Calcutta medical institutions reports 1871-78
Year: 1871
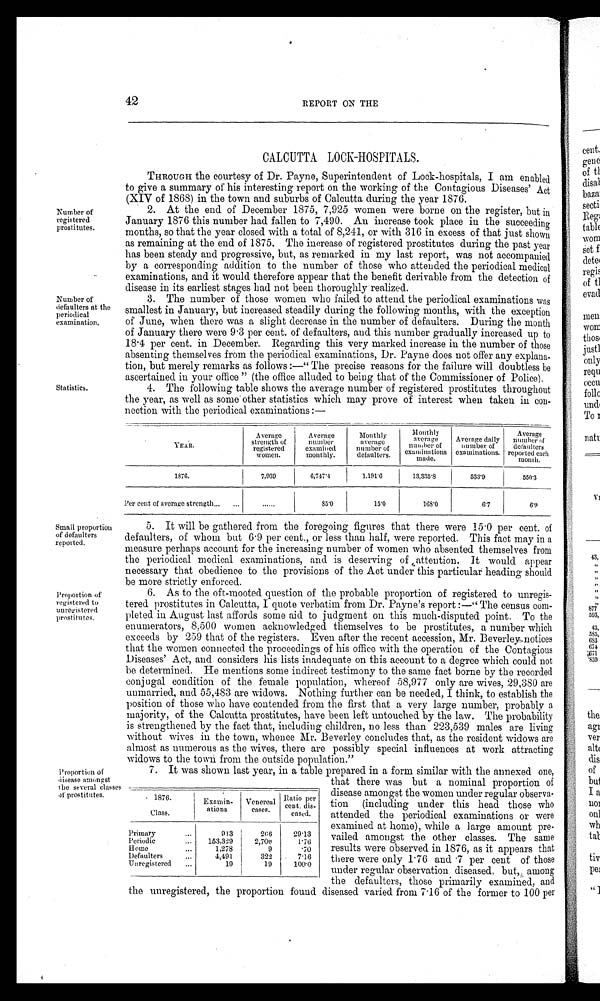
42
REPORT ON THE
Number of
registered
prostitutes.
Number of
defaulters at the
periodical
examination.
Statistics.
Small proportion
of defaulters
reported.
CALCUTTA LOCK-HOSPITALS.
THROUGH the courtesy of Dr. Payne, Superintendent of Lock-hospitals, I am enabled
to give a summary of his interesting report on the working of the Contagious Diseases' Act
(XIV of 1868) in the town and suburbs of Calcutta during the year 1876.
2. At the end of December 1875, 7,925 women were borne on the register, but in
January 1876 this number had fallen to 7,490. An increase took place in the succeeding
months, so that the year closed with a total of 8,241, or with 316 in excess of that just shown
as remaining at the end of 1875. The increase of registered prostitutes during the past year
has been steady and progressive, but, as remarked in my last report, was not accompanied
by a corresponding addition to the number of those who attended the periodical medical
examinations, and it would therefore appear that the benefit derivable from the detection of
d i s e a s e i n i t s e a r l i e s t s t a g e s h a d n o t b e e n t h o r o u g h l y r e a l i z e d .
3. The number of those women who failed to attend the periodical examinations was
smallest in January, but increased steadily during the following months, with the exception
of June, when there was a slight decrease in the number of defaulters. During the month
of January there were 9·3 per cent. of defaulters, and this number gradually increased up to
18·4 per cent. in December. Regarding this very marked increase in the number of those
absenting themselves from the periodical examinations, Dr. Payne does not offer any explana
- t i o n , b u t m e r e l y r e m a r k s a s f o l l o w s : — " T h e p r e c i s e r e a s o n s f o r t h e f a i l u r e w i l l d o u b t l e s s b e
ascertained in your office" (the office alluded to being that of the Commissioner of Police).
4. The following table shows the average number of registered prostitutes throughout
the year, as well as some other statistics which may prove of interest when taken in con
-nection with the periodical examinations:—
YEAR.
Average
strength of
registered
women.
Average
number
examined
monthly.
Monthly
average
number of
defaulters.
Monthly
average
number of
examinations
made.
Average daily
number of
examinations.
Average
number of
defaulters
reported each
month.
1876.
7,939
6,747·4
1,191·6
13,335·8
533·9
550·3
Per cent of average strength... ...
......
8 5 · 0
15·0
168·0
6·7
6·9
5. It will be gathered from the foregoing figures that there were 15·0 per cent. of
defaulters, of whom but 6·9 per cent., or less than half, were reported. This fact may in a
measure perhaps account for the increasing number of women who absented themselves from
the periodical medical examinations, and is deserving of attention. It would appear
necessary that obedience to the provisions of the Act under this particular heading shoul
d b e m o r e s t r i c t l y e n f o r c e d .
Proportion of
registered to
unregistered
prostitutes.
Prroportion of
disease amongst
the several classes
of prostitutes.
6. As to the oft-mooted question of the probable proportion of registered to unregis
-tered prostitutes in Calcutta, I quote verbatim from Dr. Payne's report:—"The census com
-pleted in August last affords some aid to judgment on this much-disputed point. To the
enumerators, 8,500 women acknowledged themselves to be prostitutes, a number which
exceeds by 259 that of the registers. Even after the recent accession, Mr. Beverley notices
that the women connected the proceedings of his office with the operation of the Contagious
Diseases' Act, and considers his lists inadequate on this account to a degree which could not
be determined. He mentions some indirect testimony to the same fact borne by the recorded
conjugal condition of the female population, whereof 58,977 only are wives, 29,380 are
unmarried, and 55,483 are widows. Nothing further can be needed, I think, to establish the
position of those who have contended from the first that a very large number, probably a
majority, of the Calcutta prostitutes, have been left untouched by the law. The probability
is strengthened by the fact that, including children, no less than 223,539 males are living
without wives in the town, whence Mr. Beverley concludes that, as the resident widows are
almost as numerous as the wives, there are possibly special influences at work attracting
widows to the town from the outside population."
7. It was shown last year, in a table prepared in a form similar with the annexed one,
that there was but a nominal proportion of
disease amongst the women under regular observa
-tion (including under this head those who
attended the periodical examinations or were
examined at home), while a large amount pre
-vailed amongst the other classes. The same
results were observed in 1876, as it appears that
there were only 1·76 and ·7 per cent of those
under regular observation diseased. but, among
the defaulters, those primarily examined, and
the unregistered, the proportion found diseased varied from 7·16 of the former to 100 per
1876.
Class.
Examin-
ations
Venereal
cases.
Ratio per
cent. dis-
eased.
Primary
...
913
266
2 9 · 1 3
Periodic ...
153,329
2,706
1·76
Home ...
1,278
9
·70
Defaulters ...
4,491
322
7·16
Unregistered ...
19
19
100·0